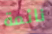
نائمة